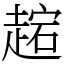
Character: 趤